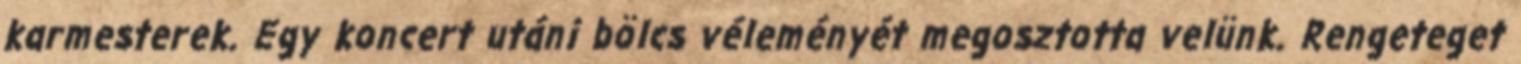
karmesterek. Egy koncert utáni bölcs véleményét megosztotta velünk. Rengeteget